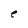
Character: e